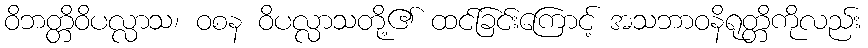
ဝိဘတ္တိဝိပလ္လာသ၊ ဝစန ဝိပလ္လာသတို့၏ ထင်ခြင်းကြောင့် အသဘာဝနိရုတ္တိကိုလည်း